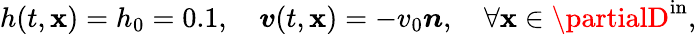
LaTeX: h(t,\boldsymbol{\mathbf{x}})=h_{0}=0.1,\quad\boldsymbol{v}(t,\boldsymbol{\mathbf{x}})=-v_{0}\boldsymbol{n},\quad\forall\boldsymbol{\mathbf{x}}\in\partialD^{\mathrm{{in}}},